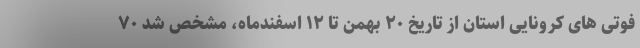
فوتی های کرونایی استان از تاریخ ۲۰ بهمن تا ۱۲ اسفندماه، مشخص شد ۷۰